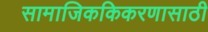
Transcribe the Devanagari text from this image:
सामाजिककिकरणासाठी